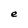
Character: e